Account of plague administration in the Bombay Presidency from September 1896 till May 1897
Year: 1896
Disease focus: Plague
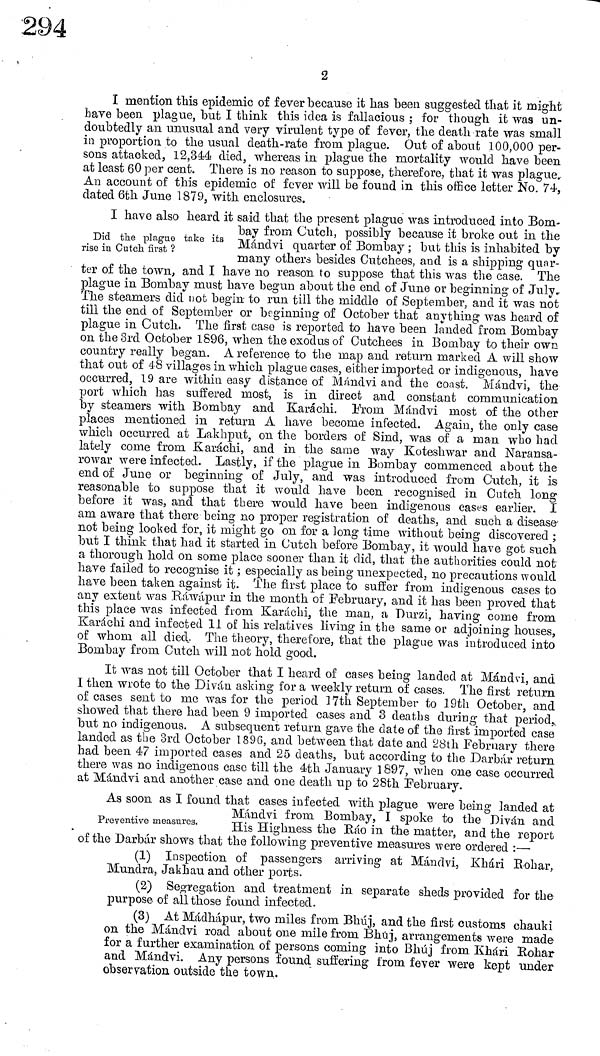
2
I mention this epidemic of fever because it has been suggested that it might
have been plague, but I think this idea is fallacious ; for though it was un-
doubtedly an unusual and very virulent type of fever, the death rate was small
in proportion to the usual death-rate from plague. Out of about 100,000 per-
sons attacked, 12,344 died, whereas in plague the mortality would have been
at least 60 per cent. There is no reason to suppose, therefore, that it was plague.
An account of this epidemic of fever will be found in this office letter No. 74,
dated 6th June 1879, with enclosures.
Did the plague take its
rise in Cutch first ?
I have also heard it said that the present plague was introduced into Bom-
bay from Cutch, possibly because it broke ont in the
Mándvi quarter of Bombay ; but this is inhabited by
many others besides Gutchees, and is a shipping quar-
ter of the town, and I have no reason to suppose that this was the case. The
plague in Bombay must have begun about the end of June or beginning of July.
The steamers did not begin to run till the middle of September, and it was not
till the end of September or beginning of October that anything was heard of
plague in Cutch. The first caso is reported to have been landed from Bombay
on the 3rd October 1896, when the exodus of Cutchees in Bombay to their own
country really began. A reference to the map and return marked A will show
that out of 48 villages in which plague cases, either imported or indigenous, have
occurred, 19 are within easy distance of Mándvi and the coast. Mándvi, the
port which has suffered most, is in direct and constant communication
by steamers with Bombay and Karachi. From Mándvi most of the other
places mentioned in return A have become infected. Again, the only case
which occurred at Lakhput, on the borders of Sind, was of a man who had
lately come from Karachi, and in the same way Koteshwar and Naransa-
rowar were infected. Lastly, if the plague in Bombay commenced about the
end of June or beginning of July, and was introduced from Cutch, it is
reasonable to suppose that it would have been recognised in Outch long
before it was, and that there would have been indigenous cases earlier. I
am aware that there being no proper registration of deaths, and such a disease
not being looked for, it might go on for a long time without being discovered ;
but I think that had. it started in Outch before Bombay, it would have got such
a thorough hold on some place sooner than it did, that the authorities could not
have failed to recognise it ; especially as being unexpected, no precautions would
have been taken against it. The first place to suffer from indigenous cases to
any extent was Ráwápur in the month of February, and it has been proved that
this place was infected from Karachi, the man, a Durzi, having come from
Karachi and infected 11 of his relatives living in the same or adjoining houses,
of whom, all died. The theory, therefore, that the plague was introduced into
Bombay from. Cutch will not hold good.
It was not till October that I heard of cases being landed at Mándvi, and
I then wrote to the Diván asking for a weekly return of cases. The first return
of cases sent to me was for the period 17th September to 19th October, and
showed that there had been 9 imported cases and 3 deaths during that period,
but no indigenous. A subsequent return gave the date of the first imported case
landed as the 3rd October 1896, and between that date and 28th February there
had been 47 imported cases and 25 deaths, but according to the Darbár return
there was no indigenous case till the 4th January 1897, when one case occurred
at Mándvi and another case and one death up to 28th February.
Preventive measures.
As soon as I found that cases infected with -plague were being landed at
Mándvi from Bombay, I spoke to the Diván and
His Highness the Ráo in the matter, and the report
of the Darbár shows that the tollo win g preventive measures were ordered :—
(1) Inspection of passengers arriving at Mándvi, Khári Eohar,
Mundra, Jakhau and other ports.
(2) Segregation and treatment in separate sheds provided for the
purpose of all those found infected.
(3) At Mádhápur, two miles from Bhúj, and the first customs chauki
on the Mándvi road about one mile from Bhúj, arrangements were made
for a further examination of persons corning into Bhúj from Khári Kohar
and Mándvi. Any persons found suffering from fever were kept under
observation outside the town.